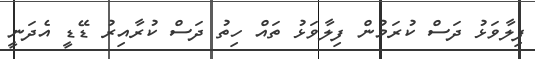
ފިލާވަޅު ދަސް ކުރަމުން ފިލާވަޅު ތައް ހިތު ދަސް ކުރާއިރު ޑޭޑީ އެދަނީ